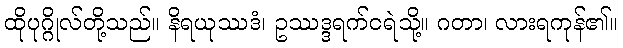
ထိုပုဂ္ဂိုလ်တို့သည်။ နိရယုဿဒံ၊ ဥဿဒ္ဒရက်ငရဲသို့။ ဂတာ၊ လားရကုန်၏။